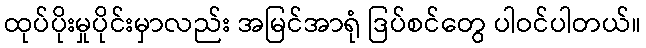
ထုပ်ပိုးမှုပိုင်းမှာလည်း အမြင်အာရုံ ဒြပ်စင်တွေ ပါဝင်ပါတယ်။